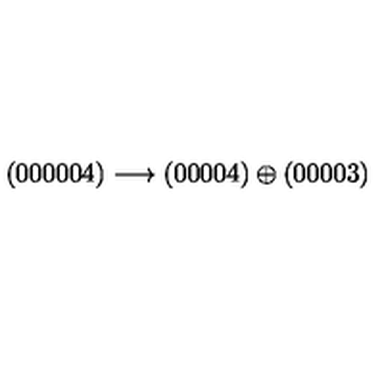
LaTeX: ( 0 0 0 0 0 4 ) \longrightarrow ( 0 0 0 0 4 ) \oplus ( 0 0 0 0 3 )